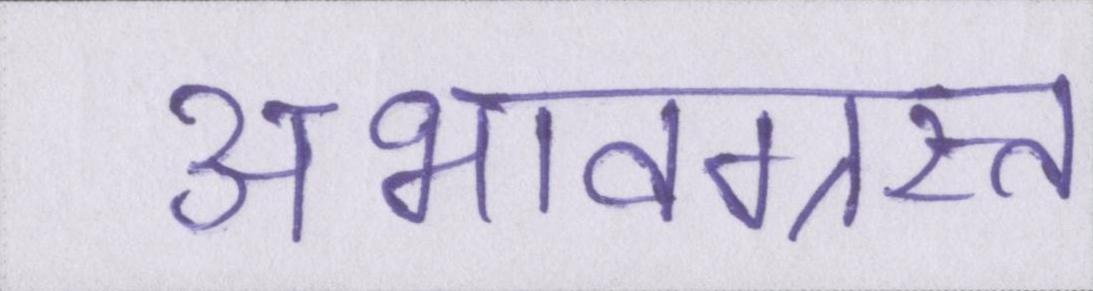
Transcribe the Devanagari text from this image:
अभावग्रस्त